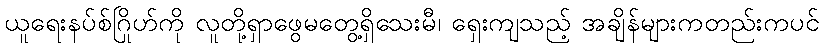
ယူရေးနပ်စ်ဂြိုဟ်ကို လူတို့ရှာဖွေမတွေ့ရှိသေးမီ၊ ရှေးကျသည့် အချိန်များကတည်းကပင်